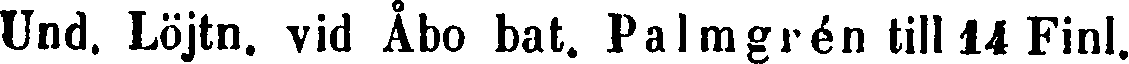
Und. Löjtn. vid Åbo bat. Palmgrén till 14 Finl.